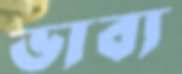
ভাব্য